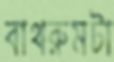
বাথরুমটা